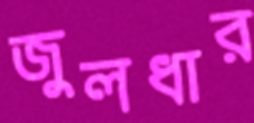
জুলধার